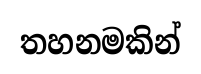
තහනමකින්